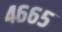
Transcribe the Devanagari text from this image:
४६६५